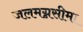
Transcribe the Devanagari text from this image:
जलमग्नसीमा